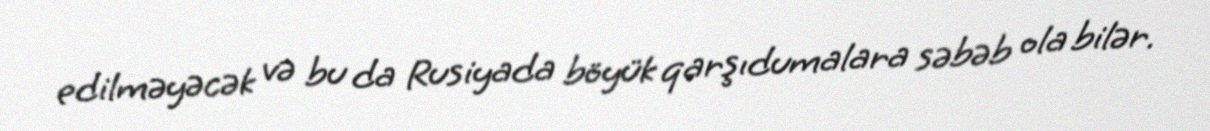
edilməyəcək və bu da Rusiyada böyük qarşıdumalara səbəb ola bilər.